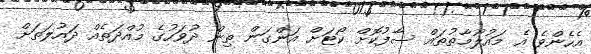
އެހެންވެ އެ މައުލޫމާތުތައް ސާފުކޮށް ކޯޓަށް އަންގަން ތިން ދުވަހުގެ މުއްދަތެއް ދައުލަތަށް